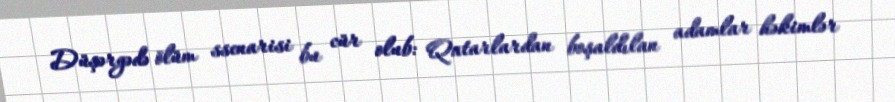
Düşərgədə ölüm ssenarisi bu cür olub: Qatarlardan boşaldılan adamlar həkimlər